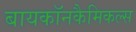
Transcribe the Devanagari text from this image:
बायकॉनकैमिकल्स